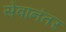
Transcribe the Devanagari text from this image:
सेवांनंतर